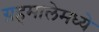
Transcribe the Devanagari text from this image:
ग्रहमालेमध्ये